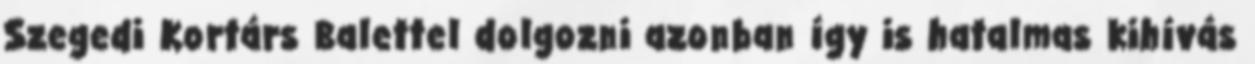
Szegedi Kortárs Balettel dolgozni azonban így is hatalmas kihívás